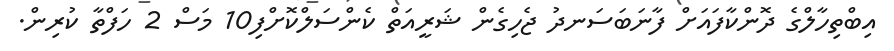
އިބްތިހާލްގެ ދޮންކާފައަށް ފާނަބަސަނދު ޖެހިގެން ޝަރީއަތް ކެންސަލްކޮށްފި10 މަސް 2 ހަފްތާ ކުރިން.